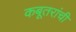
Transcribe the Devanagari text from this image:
कबूतरांची